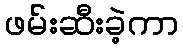
ဖမ်းဆီးခဲ့ကာ